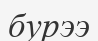
бурээ